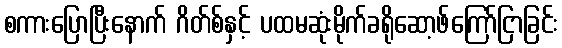
စကားပြောပြီးနောက် ဂိတ်စ်နှင့် ပထမဆုံးမိုက်ခရိုဆော့ဖ်ကြော်ငြာခြင်း